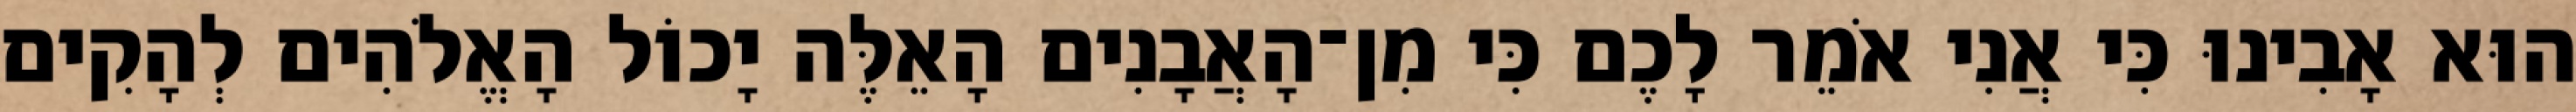
הוּא אָבִינוּ כִּי אֲנִי אֹמֵר לָכֶם כִּי מִן־הָאֲבָנִים הָאֵלֶּה יָכוֹל הָאֱלֹהִים לְהָקִים